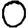
Digit: 0